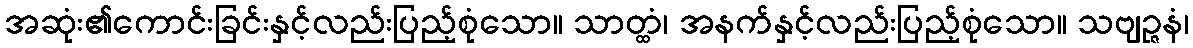
အဆုံး၏ကောင်းခြင်းနှင့်လည်းပြည့်စုံသော။ သာတ္ထံ၊ အနက်နှင့်လည်းပြည့်စုံသော။ သဗျဉ္ဇနံ၊